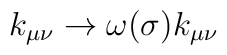
k_{\mu\nu} \to \omega (\sigma) k_{\mu\nu}